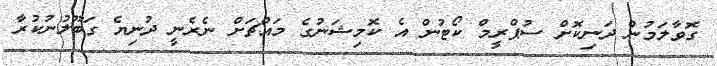
ގޮވާލަމުން ދަނިކޮށް ސުޕްރީމް ކޯޓުން އެ ކޮމިޝަނުގެ މައްޗަށް ނެރެނީ ދުނިޔެ ގަބޫލުނުކުރާ